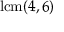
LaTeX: \operatorname { l c m } ( 4 , 6 )